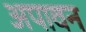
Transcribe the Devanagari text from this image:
अपावन